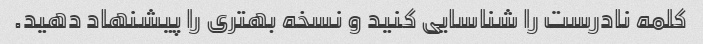
کلمه نادرست را شناسایی کنید و نسخه بهتری را پیشنهاد دهید.